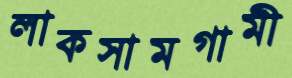
লাকসামগামী